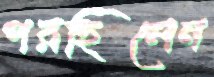
পরছিলেন